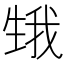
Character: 𤯫